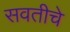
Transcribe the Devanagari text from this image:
सवतीचे